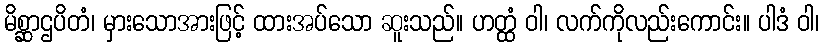
မိစ္ဆာဌပိတံ၊ မှားသောအားဖြင့် ထားအပ်သော ဆူးသည်။ ဟတ္ထံ ဝါ၊ လက်ကိုလည်းကောင်း။ ပါဒံ ဝါ၊